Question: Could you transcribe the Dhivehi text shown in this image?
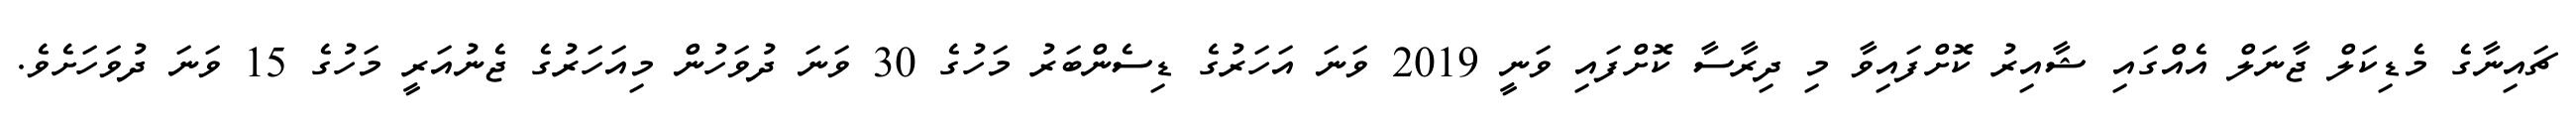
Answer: ޗައިނާގެ މެޑިކަލް ޖާނަލް އެއްގައި ޝާއިރު ކޮށްފައިވާ މި ދިރާސާ ކޮށްފައި ވަނީ 2019 ވަނަ އަހަރުގެ ޑިސެންބަރު މަހުގެ 30 ވަނަ ދުވަހުން މިއަހަރުގެ ޖެނުއަރީ މަހުގެ 15 ވަނަ ދުވަހަށެވެ.